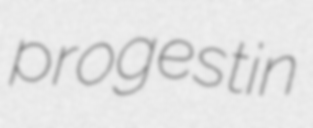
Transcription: progestin